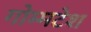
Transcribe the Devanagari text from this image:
गोम्मटेश